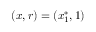
( x , r ) = ( x _ { 1 } ^ { * } , 1 )